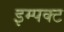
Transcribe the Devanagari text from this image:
इम्पक्ट